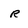
Character: R